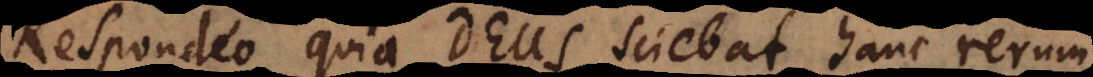
Respondeo quia Deus sciebat hanc rerum